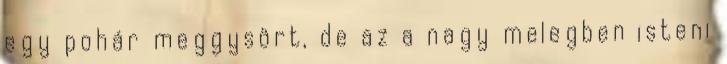
egy pohár meggysört, de az a nagy melegben isteni